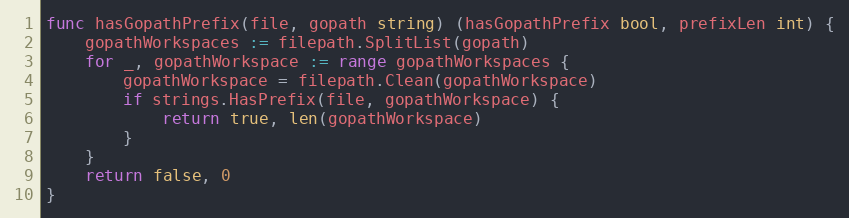
Language: Go
func hasGopathPrefix(file, gopath string) (hasGopathPrefix bool, prefixLen int) {
	gopathWorkspaces := filepath.SplitList(gopath)
	for _, gopathWorkspace := range gopathWorkspaces {
		gopathWorkspace = filepath.Clean(gopathWorkspace)
		if strings.HasPrefix(file, gopathWorkspace) {
			return true, len(gopathWorkspace)
		}
	}
	return false, 0
}